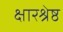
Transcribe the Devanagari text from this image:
क्षारश्रेष्ठ